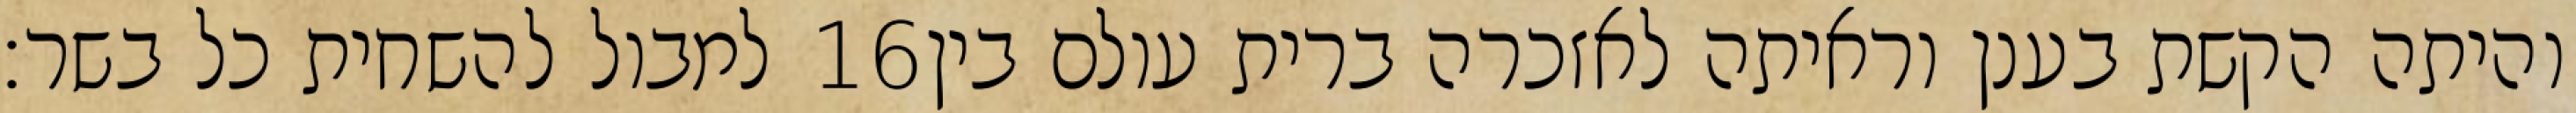
למבול להשחית כל בשר׃ ‎16‏ והיתה הקשת בענן וראיתה לאזכרה ברית עולם בין